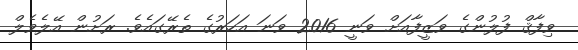
ވިފާޤް ފުލުންގެ ވަޒީފާއަށް ވަނީ 2016 ވަނަ އަހަރުގެ ތެރޭގައެވެ. ރަށުން އޭލެވެލް